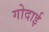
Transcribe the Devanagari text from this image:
गोदाई